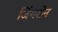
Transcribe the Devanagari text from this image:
जिंगशेन